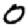
Digit: 0